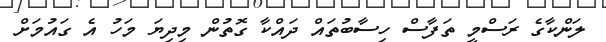
ލަންކާގެ ރަސްމީ ތަފާސް ހިސާބުތައް ދައްކާ ގޮތުން މިދިޔަ މަހު އެ ގައުމަށް